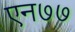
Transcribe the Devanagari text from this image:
एन७७